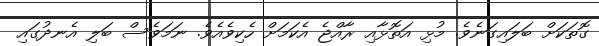
ގޮތަކަށް ބަލައިގަނެވެ. މުޅި އަތޮޅާއި ރާއްޖެ އެކަމަށް ހެކިވެއެވެ. ނަމަވެސް ބަލި އެނދުގައި